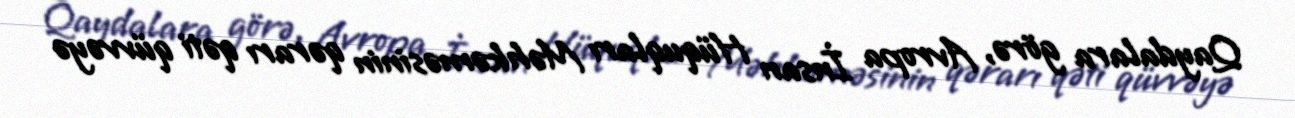
Qaydalara görə, Avropa İnsan Hüquqları Məhkəməsinin qərarı qəti qüvvəyə